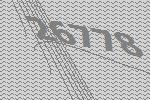
26778